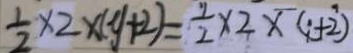
\frac { 1 } { 2 } \times 2 \times ( y + 2 ) = \frac { 1 } { 2 } \times 2 \times ( 1 + 2 )